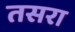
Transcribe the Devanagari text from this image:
तसरा